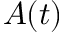
A ( t )